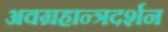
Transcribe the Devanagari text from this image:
अवग्रहान्त्रदर्शन